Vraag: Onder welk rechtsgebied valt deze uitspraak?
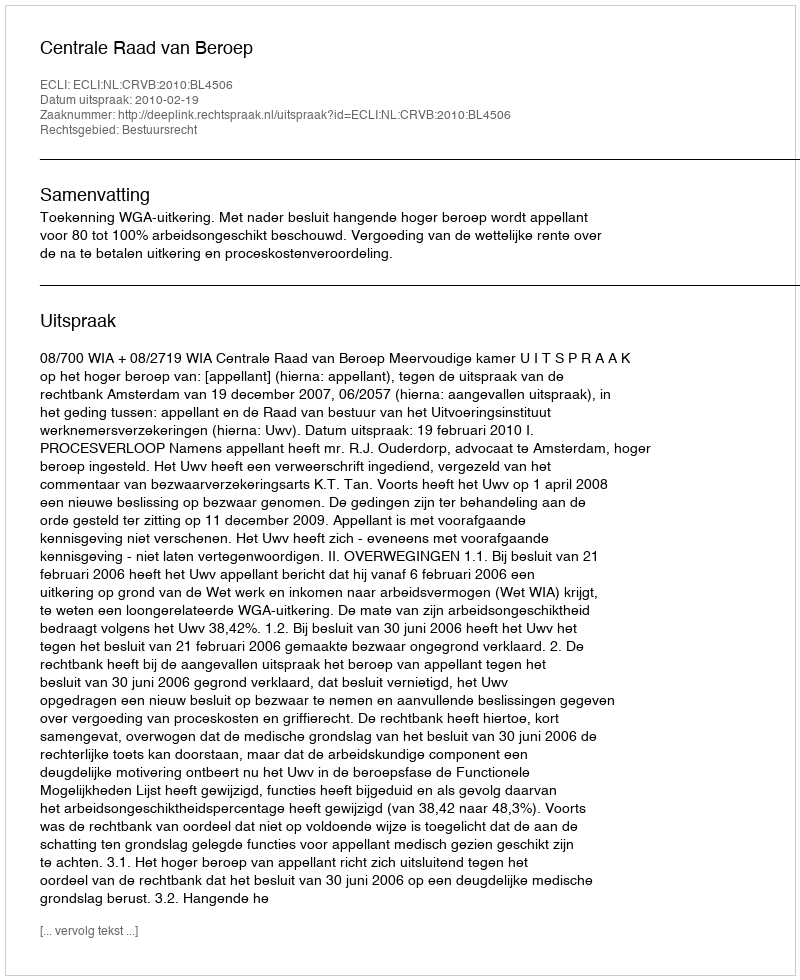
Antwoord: Bestuursrecht